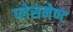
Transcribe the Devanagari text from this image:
प्लेसमेण्ट